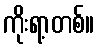
ကိုးရာ့တစ်။